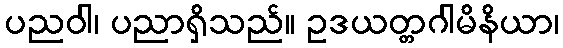
ပညဝါ၊ ပညာရှိသည်။ ဥဒယတ္တဂါမိနိယာ၊